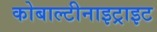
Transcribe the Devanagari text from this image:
कोबाल्टीनाइट्राइट